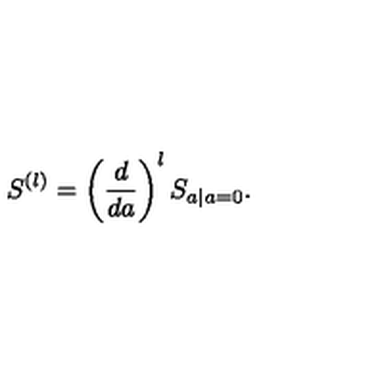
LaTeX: S ^ { ( l ) } = \left( \frac { d } { d a } \right) ^ { l } S _ { a | a = 0 } .